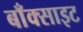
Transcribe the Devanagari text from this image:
बाँक्साइट